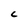
Character: c